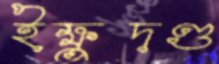
ইক্ষুদণ্ড